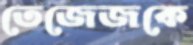
তেজেজকে